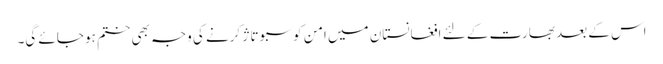
اس کے بعد بھارت کے لئے افغانستان میں امن کو سبوتاژ کرنے کی وجہ بھی ختم ہو جائے گی۔